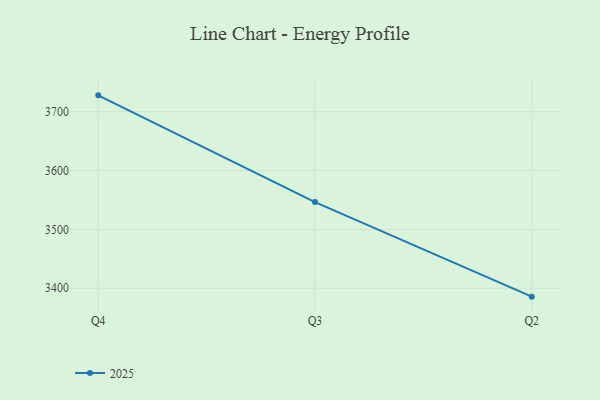
{"axis": {"x": "Quarter", "y": "Website Visitors"}, "legend": ["2025"], "data": [{"x": "Q4", "y": 3727.7, "type": "2025"}, {"x": "Q3", "y": 3546.4, "type": "2025"}, {"x": "Q2", "y": 3385.8, "type": "2025"}]}